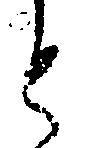
と